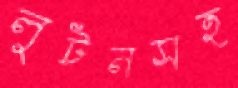
লুটনসহ